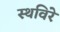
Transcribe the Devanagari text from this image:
स्थविरे